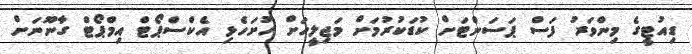
ޑިއުޓީގެ މިންވަރު ފަސް ޕަސަންޓަށް ކުޑަކުރުމަށް މަޖިލީހަށް ހުށަހެޅި އެކްސްޕޯޓް އިމްޕޯޓް ގާނޫނަށް